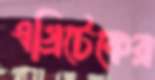
এগ্রিটেকের